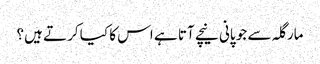
مارگلہ سے جو پانی نیچے آتا ہے اس کا کیا کرتے ہیں؟